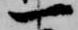
一